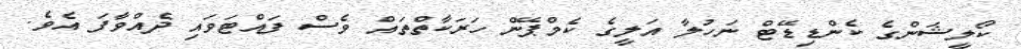
ކޯލީޝަންގެ ކެންޑިޑޭޓް ނަހުލާ އަލީގެ ކެމްޕޭން ހަރަކާތްތައް ވެސް ފައްޓަވައި ދެއްވާފަ އެވެ.